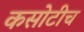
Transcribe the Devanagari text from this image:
कसोटीच